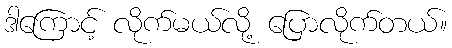
ဒါကြောင့် လိုက်မယ်လို့ ပြောလိုက်တယ်။